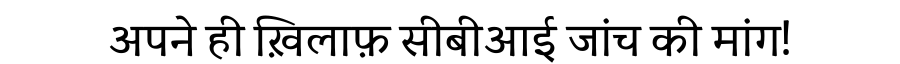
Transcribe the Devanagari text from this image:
अपने ही ख़िलाफ़ सीबीआई जांच की मांग!